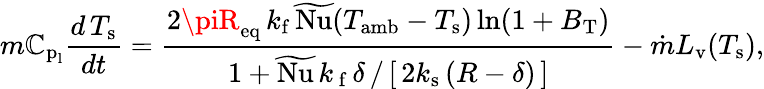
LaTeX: m\mathbb{C}_{\textup{{p}}_{\textup{{l}}}}\frac{{d\, T_{\textup{{s}}}}}{{dt}}=\frac{{2\piR_{\mathrm{{eq}}}\, k_{\mathrm{{f}}}\, \widetilde{{\textup{{Nu}}}}(T_{\textup{{amb}}}-T_{\textup{{s}}})\ln(1+B_{\mathrm{{T}}})}}{{{1+\widetilde{{\textup{{Nu}}}}\, k_{\mathrm{{\, f}}}\, \delta\, /\, [\, 2k_{\mathrm{{s}}}\, (R-\delta)\, ]}}}-\dot{{m}}L_{\textup{{v}}}(T_{\textup{{s}}}),